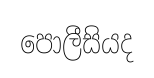
පොලීසියද